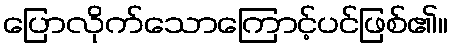
ပြောလိုက်သောကြောင့်ပင်ဖြစ်၏။